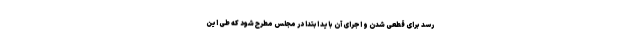
رسد برای قطعی شدن و اجرای آن باید ابتدا در مجلس مطرح شود که طی این